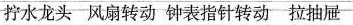
拧水龙头风扇转动钟表指针转动拉抽屉